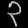
Digit: ၃